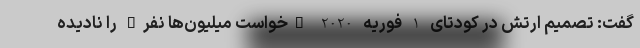
گفت: تصمیم ارتش در کودتای 1 فوریه 2020 "خواست میلیون‌ها نفر" را نادیده